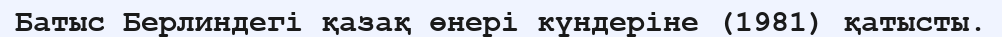
Батыс Берлиндегі қазақ өнері күндеріне (1981) қатысты.